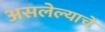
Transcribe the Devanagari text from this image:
असलेल्याचे